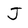
Character: J